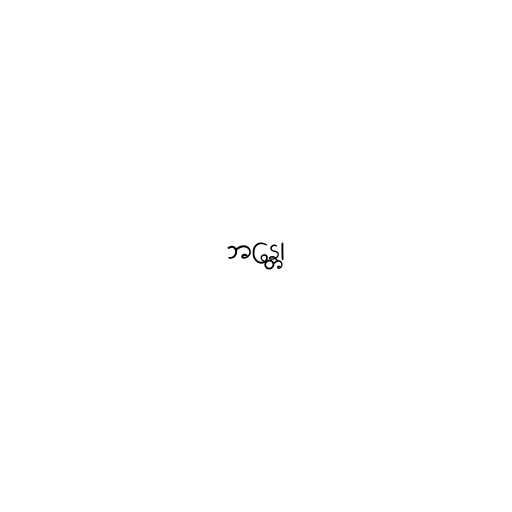
ဘန္တေ၊